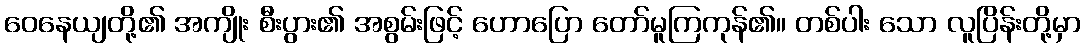
ဝေနေယျတို့၏ အကျိုး စီးပွား၏ အစွမ်းဖြင့် ဟောပြော တော်မူကြကုန်၏။ တစ်ပါး သော လူပြိန်းတို့မှာ